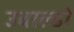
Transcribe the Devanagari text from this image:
उबाल्डो